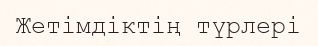
Жетімдіктің түрлері